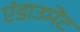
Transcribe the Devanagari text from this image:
एंडाउमेंट